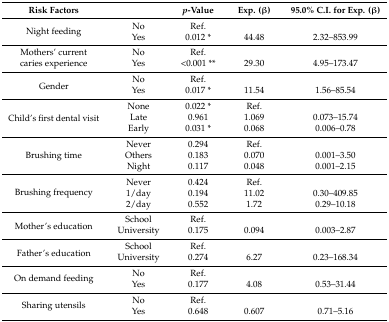
| Risk Factors |  | p-Value | Exp. (β) | 95.0% C.I. for Exp. (β) |
 | --- | --- | --- | --- | --- |
 | <ROWSPAN=2> Night feeding | No | Ref. |  |  |
 | Yes | 0.012 * | 44.48 | 2.32–853.99 |
 | <ROWSPAN=2> Mothers’ current caries experience | No | Ref. |  |  |
 | Yes | <0.001 ** | 29.30 | 4.95–173.47 |
 | <ROWSPAN=2> Gender | No | Ref. |  |  |
 | Yes | 0.017 * | 11.54 | 1.56–85.54 |
 | <ROWSPAN=3> Child’s first dental visit | None | 0.022 * | Ref. |  |
 | Late | 0.961 | 1.069 | 0.073–15.74 |
 | Early | 0.031 * | 0.068 | 0.006–0.78 |
 | <ROWSPAN=3> Brushing time | Never | 0.294 | Ref. |  |
 | Others | 0.183 | 0.070 | 0.001–3.50 |
 | Night | 0.117 | 0.048 | 0.001–2.15 |
 | <ROWSPAN=3> Brushing frequency | Never | 0.424 | Ref. |  |
 | 1/day | 0.194 | 11.02 | 0.30–409.85 |
 | 2/day | 0.552 | 1.72 | 0.29–10.18 |
 | <ROWSPAN=2> Mother’s education | School | Ref. |  |  |
 | University | 0.175 | 0.094 | 0.003–2.87 |
 | <ROWSPAN=2> Father’s education | School | Ref. |  |  |
 | University | 0.274 | 6.27 | 0.23–168.34 |
 | <ROWSPAN=2> On demand feeding | No | Ref. |  |  |
 | Yes | 0.177 | 4.08 | 0.53–31.44 |
 | <ROWSPAN=2> Sharing utensils | No | Ref. |  |  |
 | Yes | 0.648 | 0.607 | 0.71–5.16 |